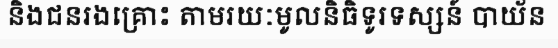
និងជនរងគ្រោះ តាមរយៈមូលនិធិទូរទស្សន៍ បាយ័ន